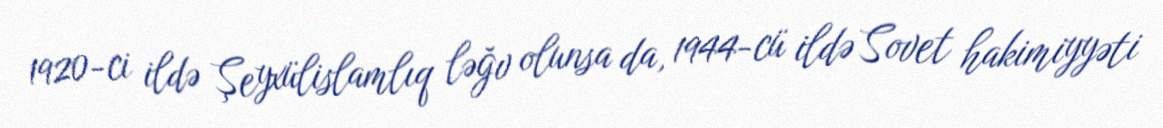
1920-ci ildə Şeyxülislamlıq ləğv olunsa da, 1944-cü ildə Sovet hakimiyyəti